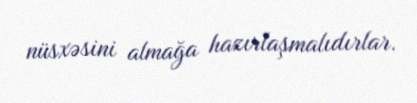
nüsxəsini almağa hazırlaşmalıdırlar.